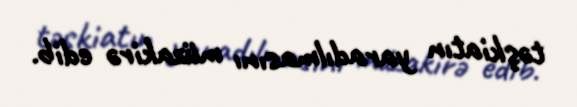
təşkiatın yaradılmasını müzakirə edib.